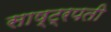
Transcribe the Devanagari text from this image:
साष्ट्रपती